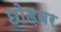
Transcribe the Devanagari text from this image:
छोड़वर